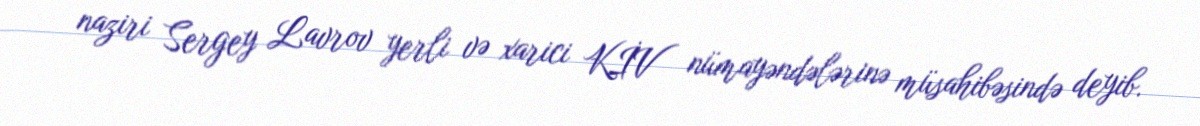
naziri Sergey Lavrov yerli və xarici KİV nümayəndələrinə müsahibəsində deyib.